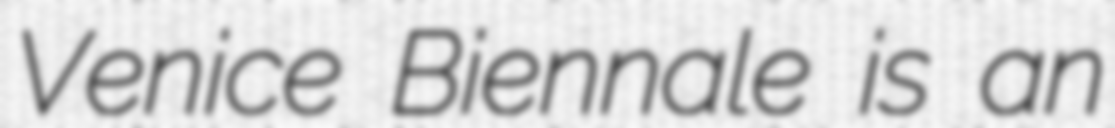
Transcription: Venice Biennale is an